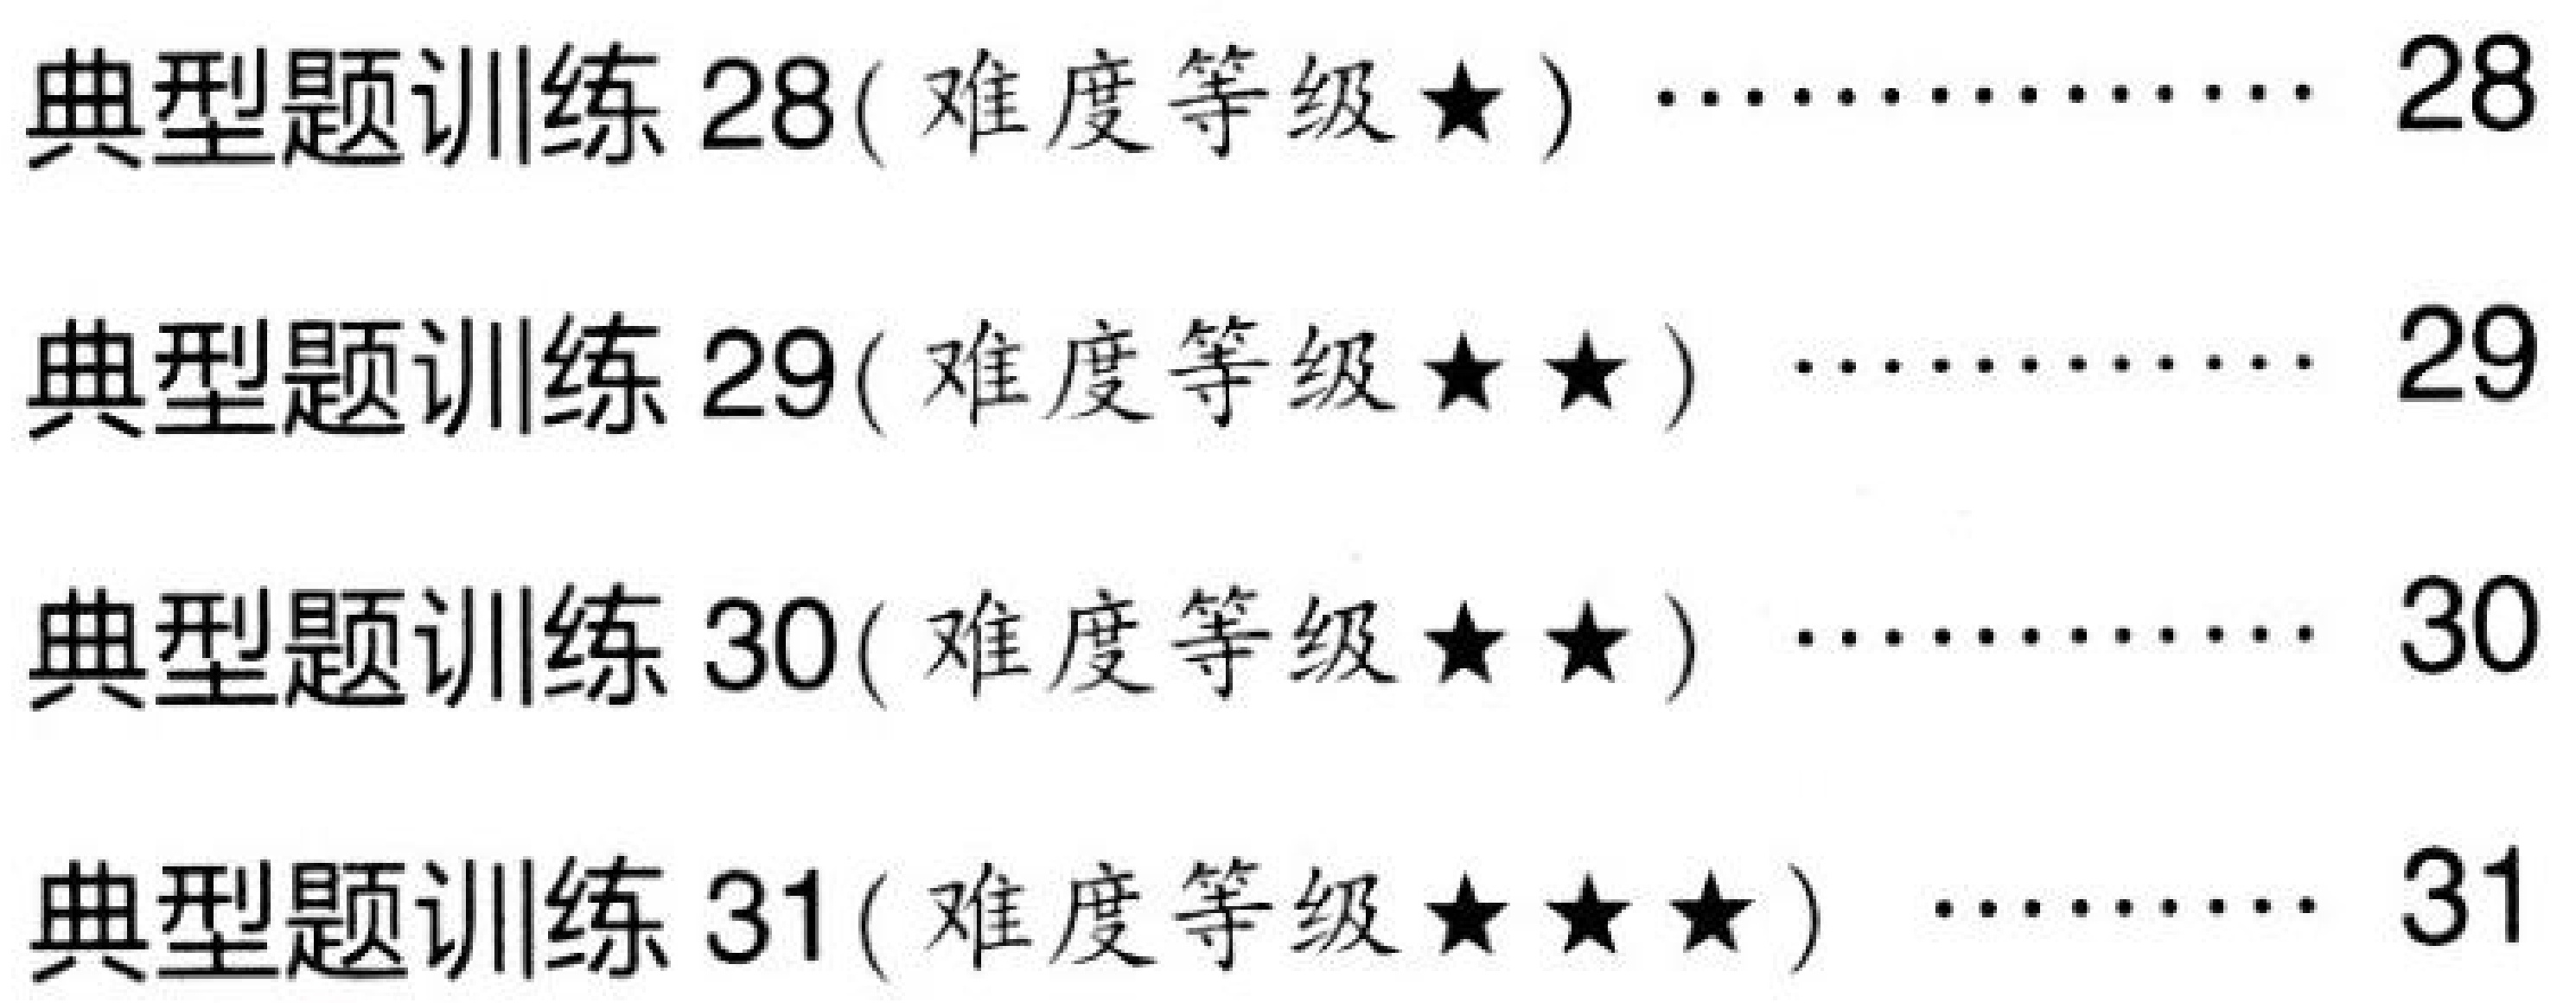
典型题训练 28(难度等级★) ··············· 28
典型题训练 29(难度等级★★) ··········· 29
典型题训练 30(难度等级★★) ··········· 30
典型题训练 31(难度等级★★★) ········· 31